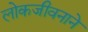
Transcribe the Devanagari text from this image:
लोकजीवनाने